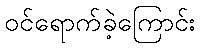
ဝင်ရောက်ခဲ့ကြောင်း